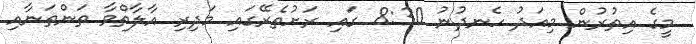
މީގެ އިތުރުން މިއަދު ހެނދުނު 8:30 ގައި ރަށުތެރޭގައި މަދިރި އާލާތްވާ ތަންތަނާއި